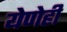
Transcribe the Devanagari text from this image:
येणेही